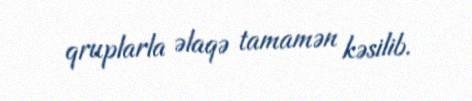
qruplarla əlaqə tamamən kəsilib.